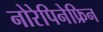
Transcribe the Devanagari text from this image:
नोरेपिनेफ्रिन